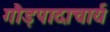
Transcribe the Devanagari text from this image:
गौड़पादाचार्य